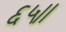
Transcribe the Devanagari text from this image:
६५।।